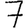
Digit: 7